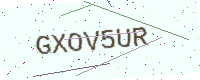
Text: GXOV5UR